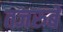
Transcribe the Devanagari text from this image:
तजरुबे